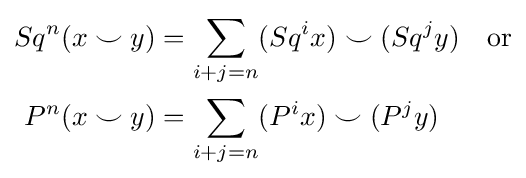
{\begin{aligned}Sq^{n}(x\smile y)&=\sum _{i+j=n}(Sq^{i}x)\smile (Sq^{j}y)\quad {\text{or}}\\P^{n}(x\smile y)&=\sum _{i+j=n}(P^{i}x)\smile (P^{j}y)\end{aligned}}